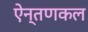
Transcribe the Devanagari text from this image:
ऐन्तणकल